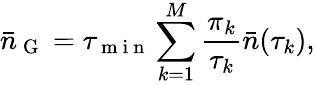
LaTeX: \bar{n}_{\mathrm{~G~}}=\tau_{\mathrm{~m~i~n~}}\sum_{k=1}^{M}\frac{\pi_{k}}{\tau_{k}}\bar{n}(\tau_{k}),